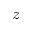
z